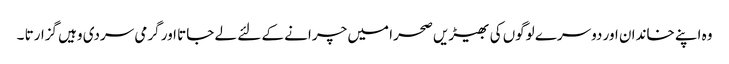
وہ اپنے خاندان اور دوسرے لوگوں کی بھیڑیں صحرا میں چرانے کے لئے لے جاتا اور گرمی سردی وہیں گزارتا ۔